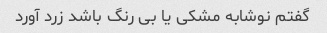
گفتم نوشابه مشکی یا بی رنگ باشد زرد آورد